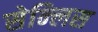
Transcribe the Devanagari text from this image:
सेन्लिस